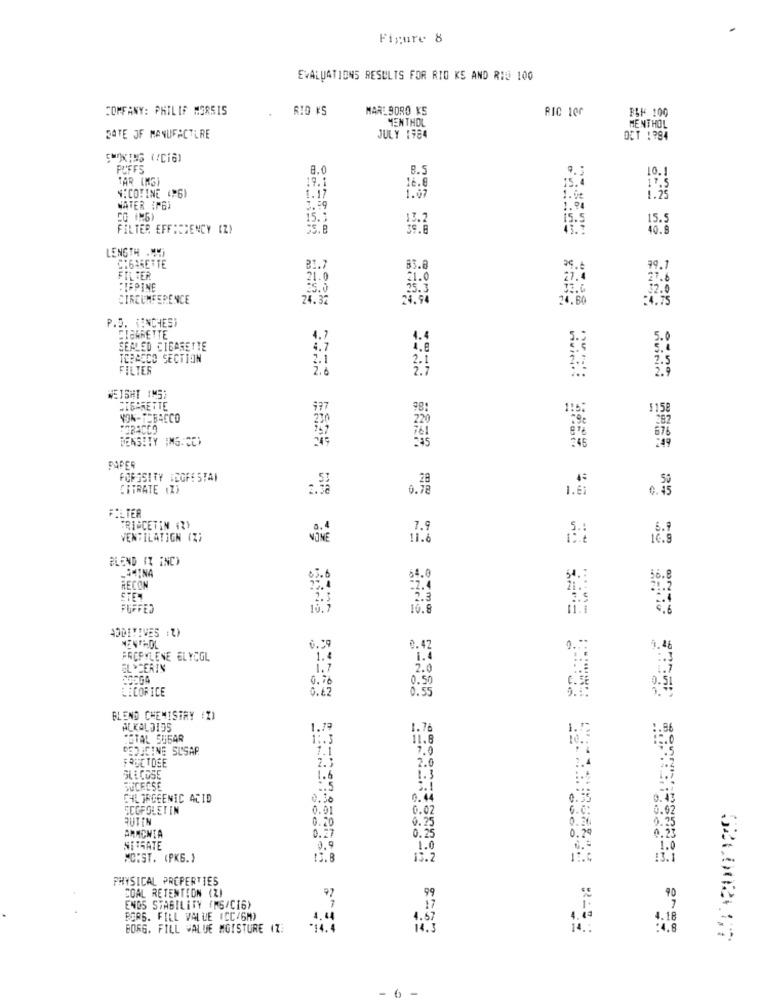
Figure 8
EVALUATIONS RESULTS FOR RIO KS AND RIO 100
COMFANY: PHILIS MERSIS
MARLBORO KS
RIC 100
MENTHOL
BLF 100
MENTHOL
BATE JF MANUFACTURE
JULY 1984
DET : ? 94
PUFFS
8.0
B.
TAR (MG)
19.1
15.
NICOTINE (6)
16.8
1.17
1.07
1.08
WATER (MG)
1.94
15.1
13.2
15.5
15.5
FILTER EFFICIENCY (Z)
39.8
40.8
LENGTH .4
CIGARETTE
83.8
79.1
FILTER
21.0
27.4
27.6
FIEPINE
25.0
32.0
CIRCUMFERENCE
24.32
24.80
:4.75
P.D. VINCHEST
CIGARETTE
4.7
4.4
5.0
SEALED CIBARETTE
4.7
TERACCO SECTION
2.1
FILTER
2.6
2.7
2.9
WEIGHT 1MS;
SIGARETTE
177
1158
NON-TOBACCO
282
220
DENSITY IMG.CC)
PAPER
FORSSITY WEGFE STAN
CITRATE (Z)
0.78
1.È1
FILTER
"RIGCETIN (2)
7.9
VENTILATION (Z)
vive
11.6
BLEND IT INC)
64.0
RECON
10.7
10.8
11.1
ADDITIVES :7)
NEN THOL
0.59
0.42
PROPYLENE GLYCOL
1.4
GLYCERIN
2.0
0.76
0.50
LICORICE
0.62
0.55
BLEND CHEMISTRY (I)
ALKALOIDS
1.79
1.76
*STAL SUGAR
1 :. 3
11.8
DEDICINE SUSAR
1.1
7.0
FRUCTOSE
2.3
2.0
GLICOSE
1.6
1.3
SUCROSE
CHLORCEENIC ACID
0.30
0.44
SCOPOLETIN
0.01
0.02
RUTIN
0.20
0.25
ARMONIA
0.27
0.25
odde"
NITRATE
0. 9
1.0
MCIST. (PKG.)
13.8
13.2
PHYSICAL PROPERTIES
COAL RETENTION (Z)
99
40
ENDS STABILITY (MG/CI6>
17
7
BORS. FILL VALUE (CC/6M)
4. 4
1.18
BORG. FILL VALUE MOISTURE IZ:
14.3
14.
:4.8
526002007